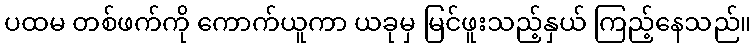
ပထမ တစ်ဖက်ကို ကောက်ယူကာ ယခုမှ မြင်ဖူးသည့်နှယ် ကြည့်နေသည်။